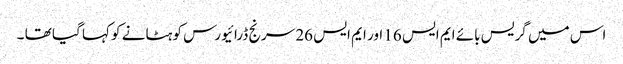
اس میں گریس بائے ایم ایس 16 اور ایم ایس 26 سرنج ڈرائیورس کو ہٹانے کو کہا گیا تھا ۔